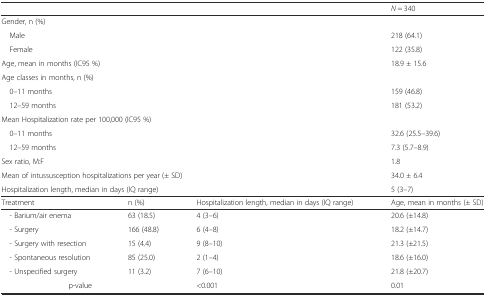
| <COLSPAN=3>  | N = 340 |
 | --- | --- | --- | --- |
 | <COLSPAN=3> Gender, n (%) |  |
 | <COLSPAN=3> Male | 218 (64.1) |
 | <COLSPAN=3> Female | 122 (35.8) |
 | <COLSPAN=3> Age, mean in months (IC95 %) | 18.9 ± 15.6 |
 | <COLSPAN=3> Age classes in months, n (%) |  |
 | <COLSPAN=3> 0–11 months | 159 (46.8) |
 | <COLSPAN=3> 12–59 months | 181 (53.2) |
 | <COLSPAN=3> Mean Hospitalization rate per 100,000 (IC95 %) |  |
 | <COLSPAN=3> 0–11 months | 32.6 (25.5–39.6) |
 | <COLSPAN=3> 12–59 months | 7.3 (5.7–8.9) |
 | <COLSPAN=3> Sex ratio, M:F | 1.8 |
 | <COLSPAN=3> Mean of intussusception hospitalizations per year (± SD) | 34.0 ± 6.4 |
 | <COLSPAN=3> Hospitalization length, median in days (IQ range) | 5 (3–7) |
 | Treatment | n (%) | Hospitalization length, median in days (IQ range) | Age, mean in months (± SD) |
 | - Barium/air enema | 63 (18.5) | 4 (3–6) | 20.6 (±14.8) |
 | - Surgery | 166 (48.8) | 6 (4–8) | 18.2 (±14.7) |
 | - Surgery with resection | 15 (4.4) | 9 (8–10) | 21.3 (±21.5) |
 | - Spontaneous resolution | 85 (25.0) | 2 (1–4) | 18.6 (±16.0) |
 | - Unspecified surgery | 11 (3.2) | 7 (6–10) | 21.8 (±20.7) |
 | <COLSPAN=2> p-value | <0.001 | 0.01 |